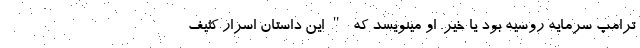
ترامپ سرمایه روسیه بود یا خیر. او مینویسد که "این داستان اسرار کثیف